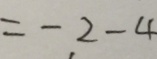
= - 2 - 4